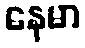
နေမာ